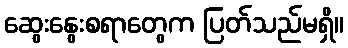
ဆွေးနွေးစရာတွေက ပြတ်သည်မရှိ။